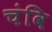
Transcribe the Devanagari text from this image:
चंवि